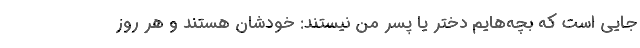
جایی است که بچه‌هایم دختر یا پسر من نیستند: خودشان هستند و هر روز